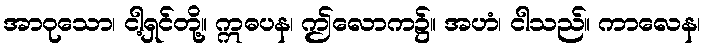
အာဝုသော၊ ငါ့ရှင်တို့။ ဣဓပန၊ ဤလောက၌။ အဟံ၊ ငါသည်။ ကာလေန၊